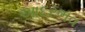
આદરભવ